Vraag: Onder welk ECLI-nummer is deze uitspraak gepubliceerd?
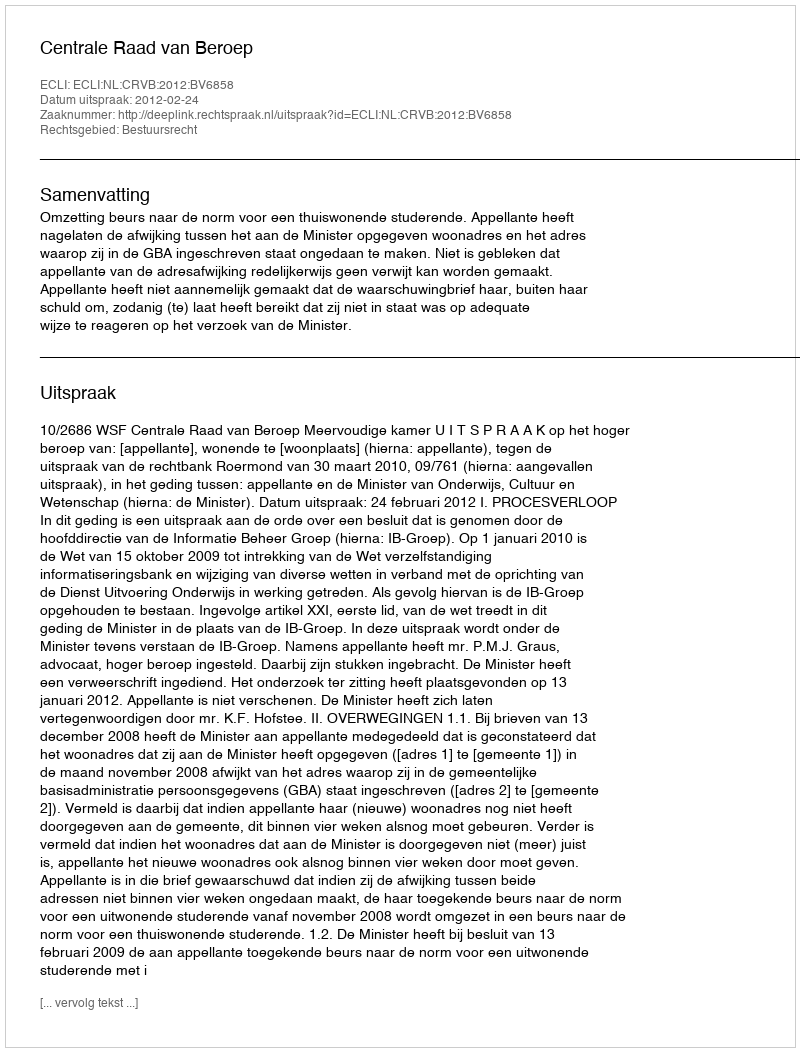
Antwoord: ECLI:NL:CRVB:2012:BV6858